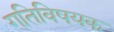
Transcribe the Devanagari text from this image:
गतिविषयक